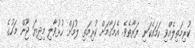
ކުރިމަތިލެއްވި ހަމައެކަނި ފަރާތެވެ. އެމަގާމަށް ކުރިމަތި ލުމަށް ހުޅުވާލި މިދިޔަ ޖޫން މަހުގެ